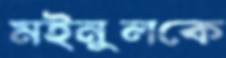
মইনুলকে